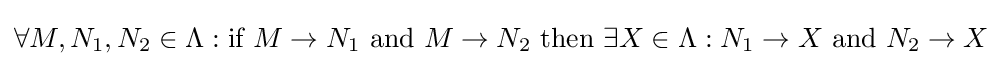
\forall M,N_{1},N_{2}\in \Lambda :{\text{if}}\ M\rightarrow N_{1}\ {\text{and}}\ M\rightarrow N_{2}\ {\text{then}}\ \exists X\in \Lambda :N_{1}\rightarrow X\ {\text{and}}\ N_{2}\rightarrow X